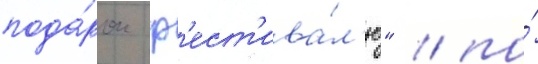
пода́рок ф'ест'ива́л'ю" / по́